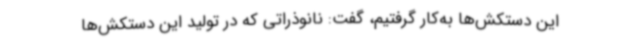
این دستکش‌ها به‌کار گرفتیم، گفت: نانوذراتی که در تولید این دستکش‌ها